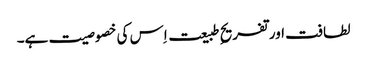
لطافت اور تفریحِ طبیعت اِس کی خصوصیت ہے۔